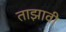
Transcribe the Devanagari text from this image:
ताझावी